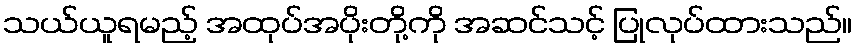
သယ်ယူရမည့် အထုပ်အပိုးတို့ကို အဆင်သင့် ပြုလုပ်ထားသည်။